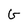
Character: G